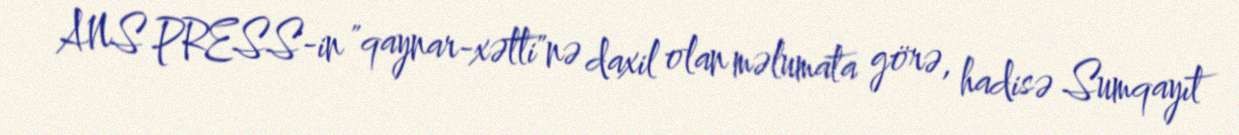
ANS PRESS-in "qaynar-xətti"nə daxil olan məlumata görə, hadisə Sumqayıt